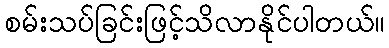
စမ်းသပ်ခြင်းဖြင့်သိလာနိုင်ပါတယ်။